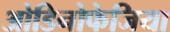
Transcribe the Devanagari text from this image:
ओडिनोफेजिया